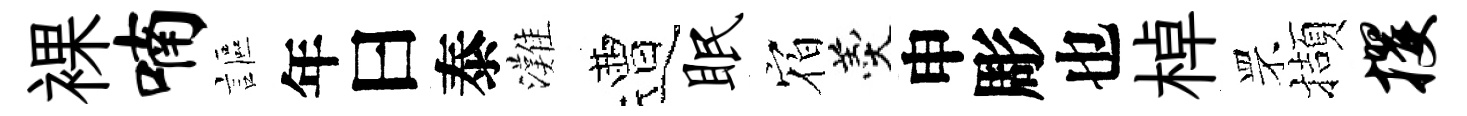
裸喃謳年曰泰灘遭眠𪧐羹申彫也棹罘擷攫